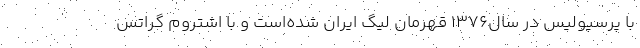
با پرسپولیس در سال۱۳۷۶ قهرمان لیگ ایران شده‌است و با اشتروم گراتس